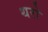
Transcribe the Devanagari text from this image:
थरो